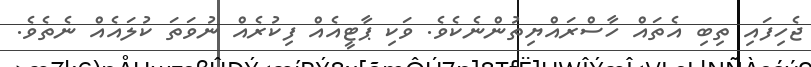
ޖެހިފައި ތިބި އެތައް ހާސްރައްޔިތުންނެކެވެ. ވަކި ޕާޓީއެއް ފިކުރެއް ނުވަތަ ކުލައެއް ނެތެވެ.